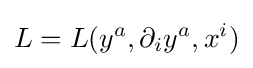
L=L(y^{a},\partial _{i}y^{a},x^{i})